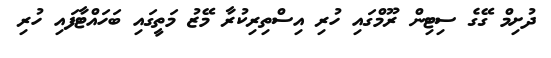
ދުށިމް ގޭގެ ސިޓިން ރޫމްގައި ހުރި އިސްތިރިކުރާ މޭޒު މަތީގައި ބަހައްޓާފައި ހުރި